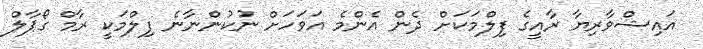
އައިޝްވާރިޔާ ރާއީގެ ފިލްމަކަށް ދެން އެންމެ އަވަހަށް ނުކުންނާނެ ފިލްމަކީ ރާމް ގޯޕާލް